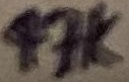
Text: 47K